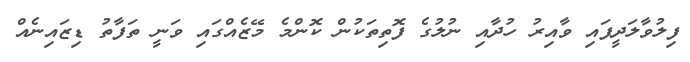
ފިލުވާލަދީފައި ވާއިރު ހުދާއި ނުލުގެ ފޮތިތަކުން ކޮންމެ މޭޒެއްގައި ވަނީ ތަފާތު ޑިޒައިނެއް